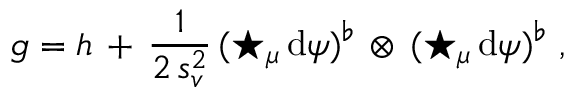
g = h \, + \, \frac 1 { 2 \, s _ { v } ^ { 2 } } \, ( \star _ { \mu } \, \mathrm { d } \psi ) ^ { \flat } \, \otimes \, ( \star _ { \mu } \, \mathrm { d } \psi ) ^ { \flat } \ ,